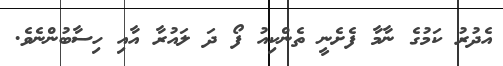
އެދުރު ކަމުގެ ނާމާ ފެށެނީ ތެންކިއު ފޯ ދަ ލައުރާ އާއި ހިސާބުންނެވެ.